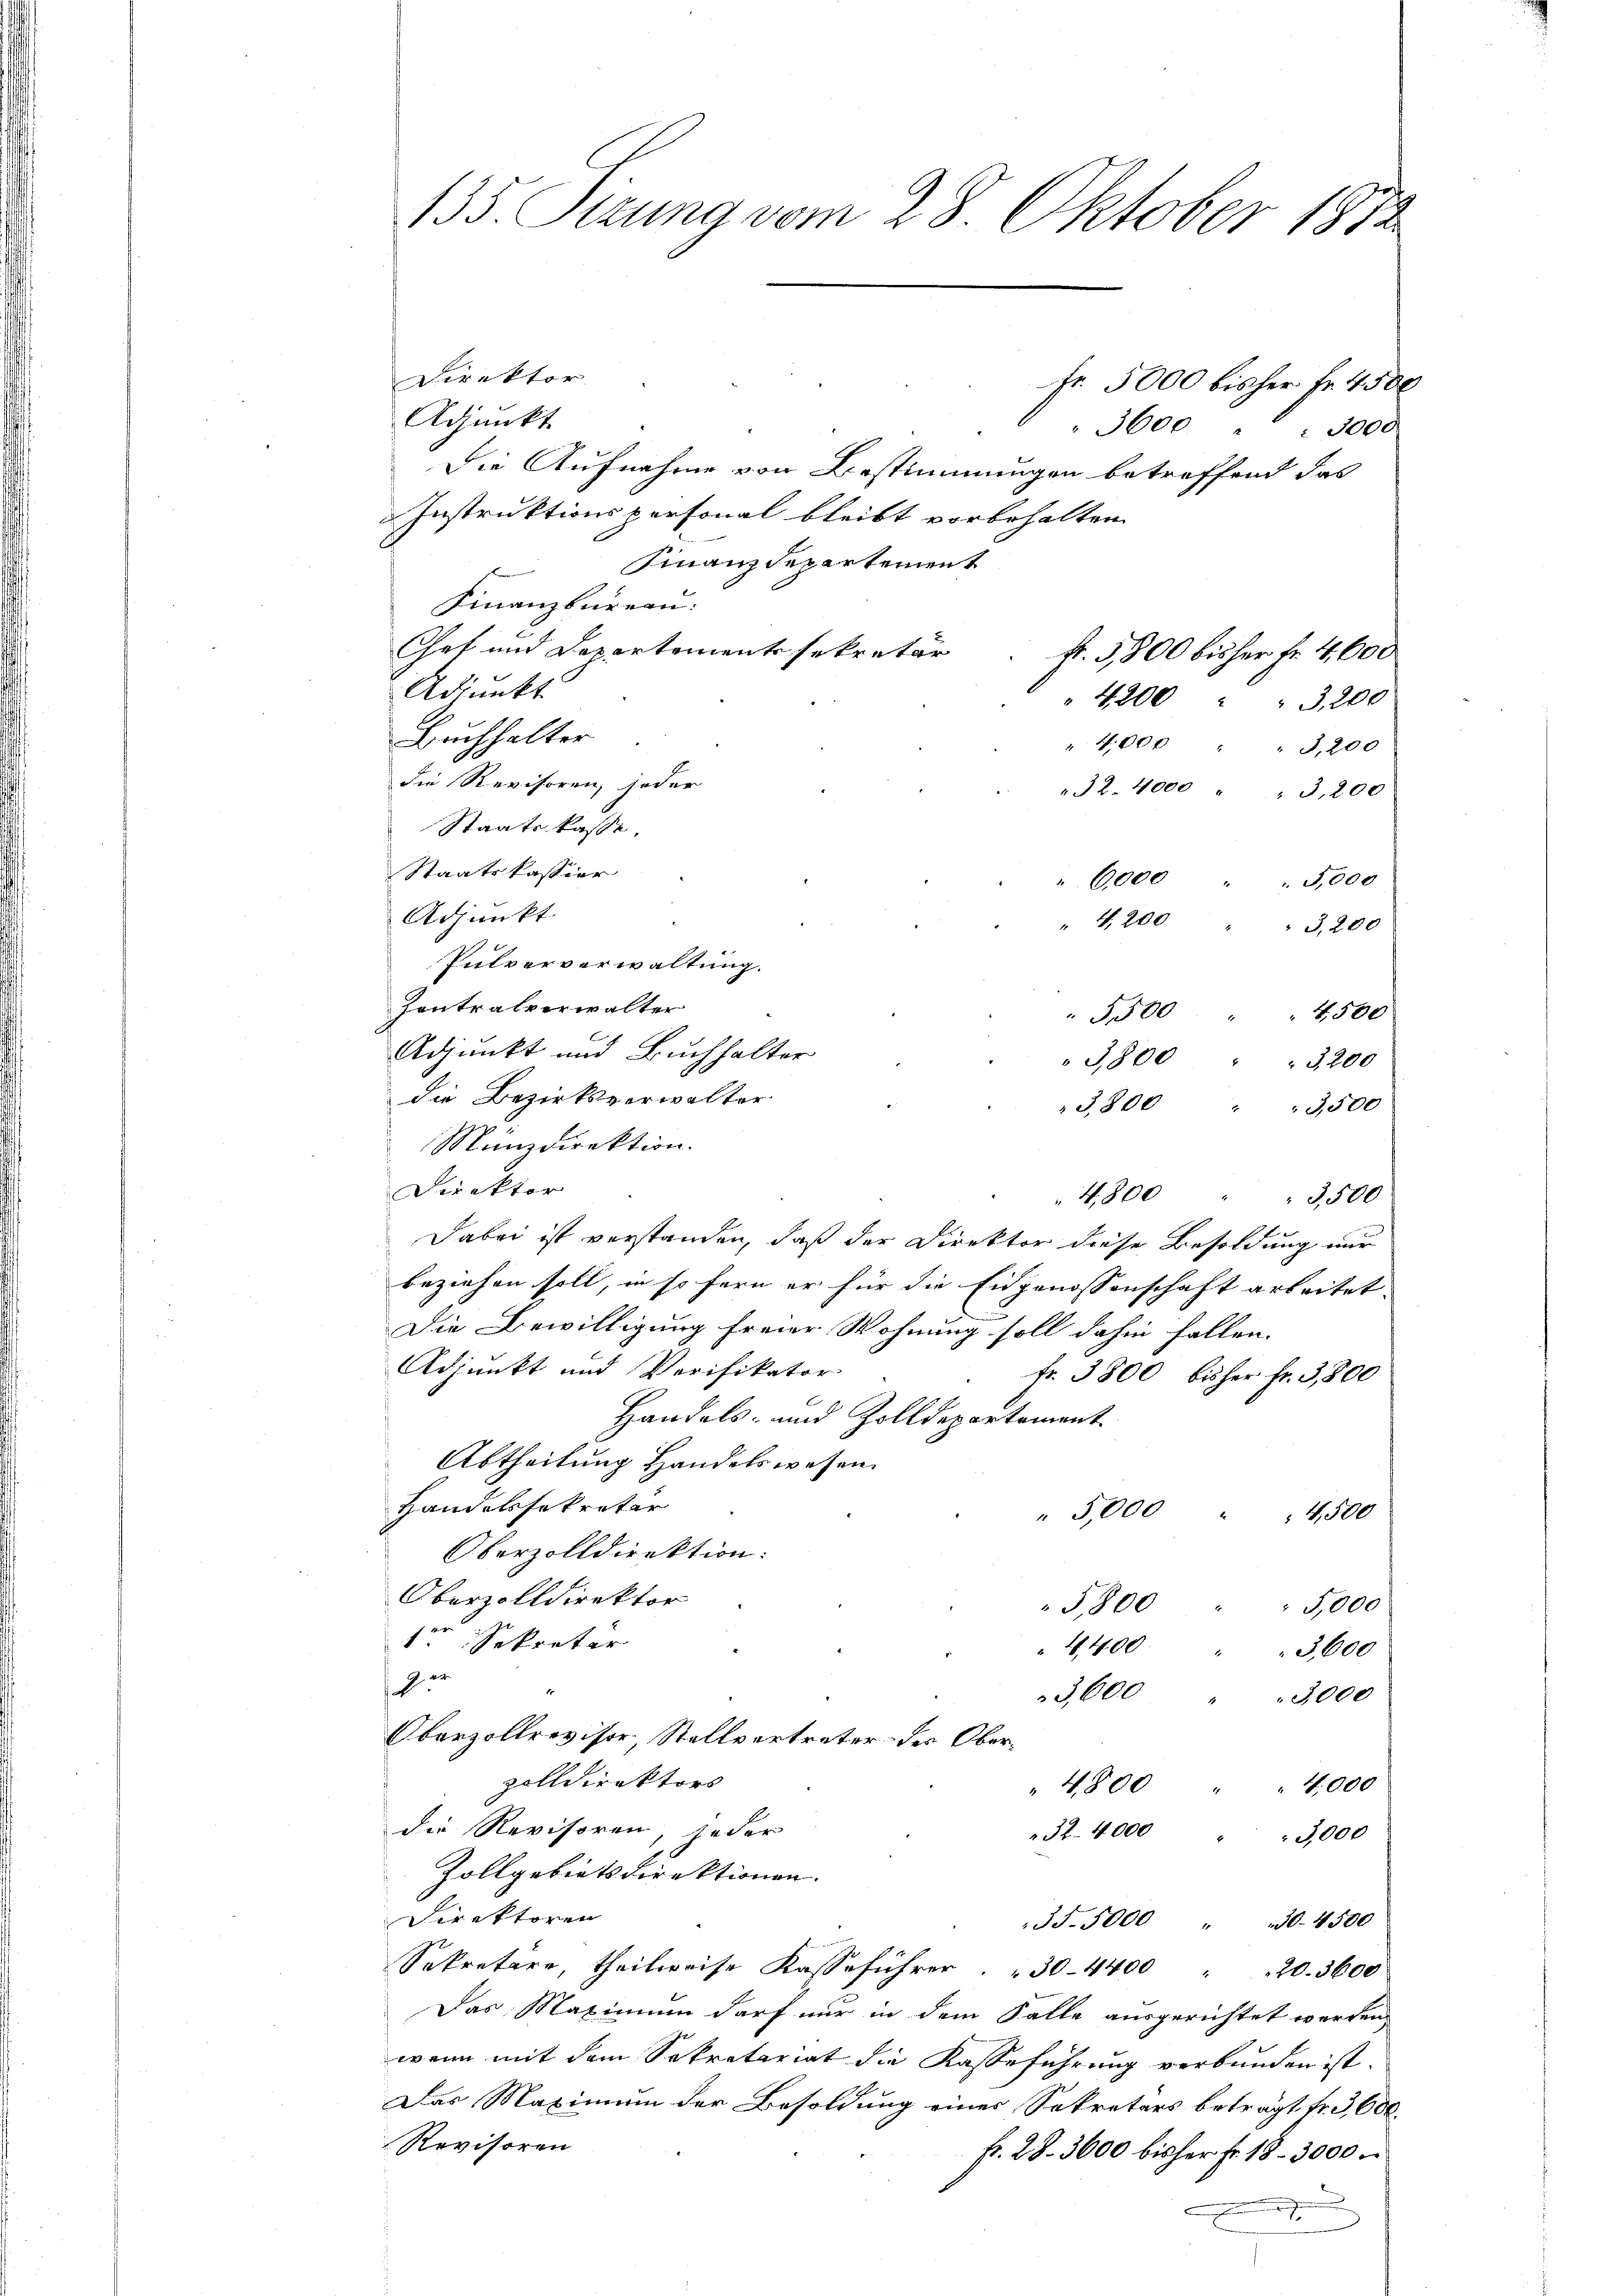
135. Sizung vom 28. Oktober 1872

Direktor
Fr. 5000 bisher Fr. 4500
Adjunkt
" 3600 " 3000
Die Aufnahme von Bestimmungen betreffend das
Instruktionspersonal bleibt vorbehalten.
Finanzdepartement
Finanzbüreau.
Chef und Departementssekretär
f. 3,800 bisher Fr. 4,600
Adjunkt
4200 " " 3,200
Buchhalter
" 4,000 " " 3,200
die Revisoren, jeder
32. 4000 " " 3,200
Staatskasse.
Staatskassier
" 6000 " " 5,000
Adjunkt
" 4,200 " " 3,200
Pulververwaltung.
Iontralverwalter
5,500 " " 4500
Adjunkt und Buchhalter
3,800 " " 3200
die Bezirksverwalter
3,800 " " 3500
Münzdirektion.
Direktor
4,800 " " 3500
Dabei ist verstanden, daß der Direktor diese Besoldung nur
beziehen soll, in so fern er für die Eidgenossenschaft arbeitet.
Die Bewilligung freier Wohnung soll dahin fallen.
Adjunkt und Verifikator
Fr. 3800 bisher Fr. 3,800
Handels- und Zolldepartement
Abtheilung Handelswesen
Handelssekretär
" 5,000 " " 4,500
Oberzolldirektion:
Oberzolldirektor
5,800
5,000
ter Sekretär
16,400
3,600
2
3,600 " " 3000
Oberzollrevisor, Stellvertreter des Oberzolldirektors
" 4800 " " 4000
die Revisoren, jeder
32. 4000 " " 3,000
Zollgebietsdirektionen.
Direktoren
35. 5000 " 30. 4500
Sekretäre, theilweise Kasse führer " 30-4400 " 20. 3600
Das Maximum darf nur in dem Falle ausgerichtet werden,
wenn mit dem Sekretariat die Kasseführung verbunden ist.
Das Maximum der Besoldung einer Sekretärs beträgt fr. 3,600.
Revisoren
fr. 28. 3600 bisher fr. 18. 3000
.